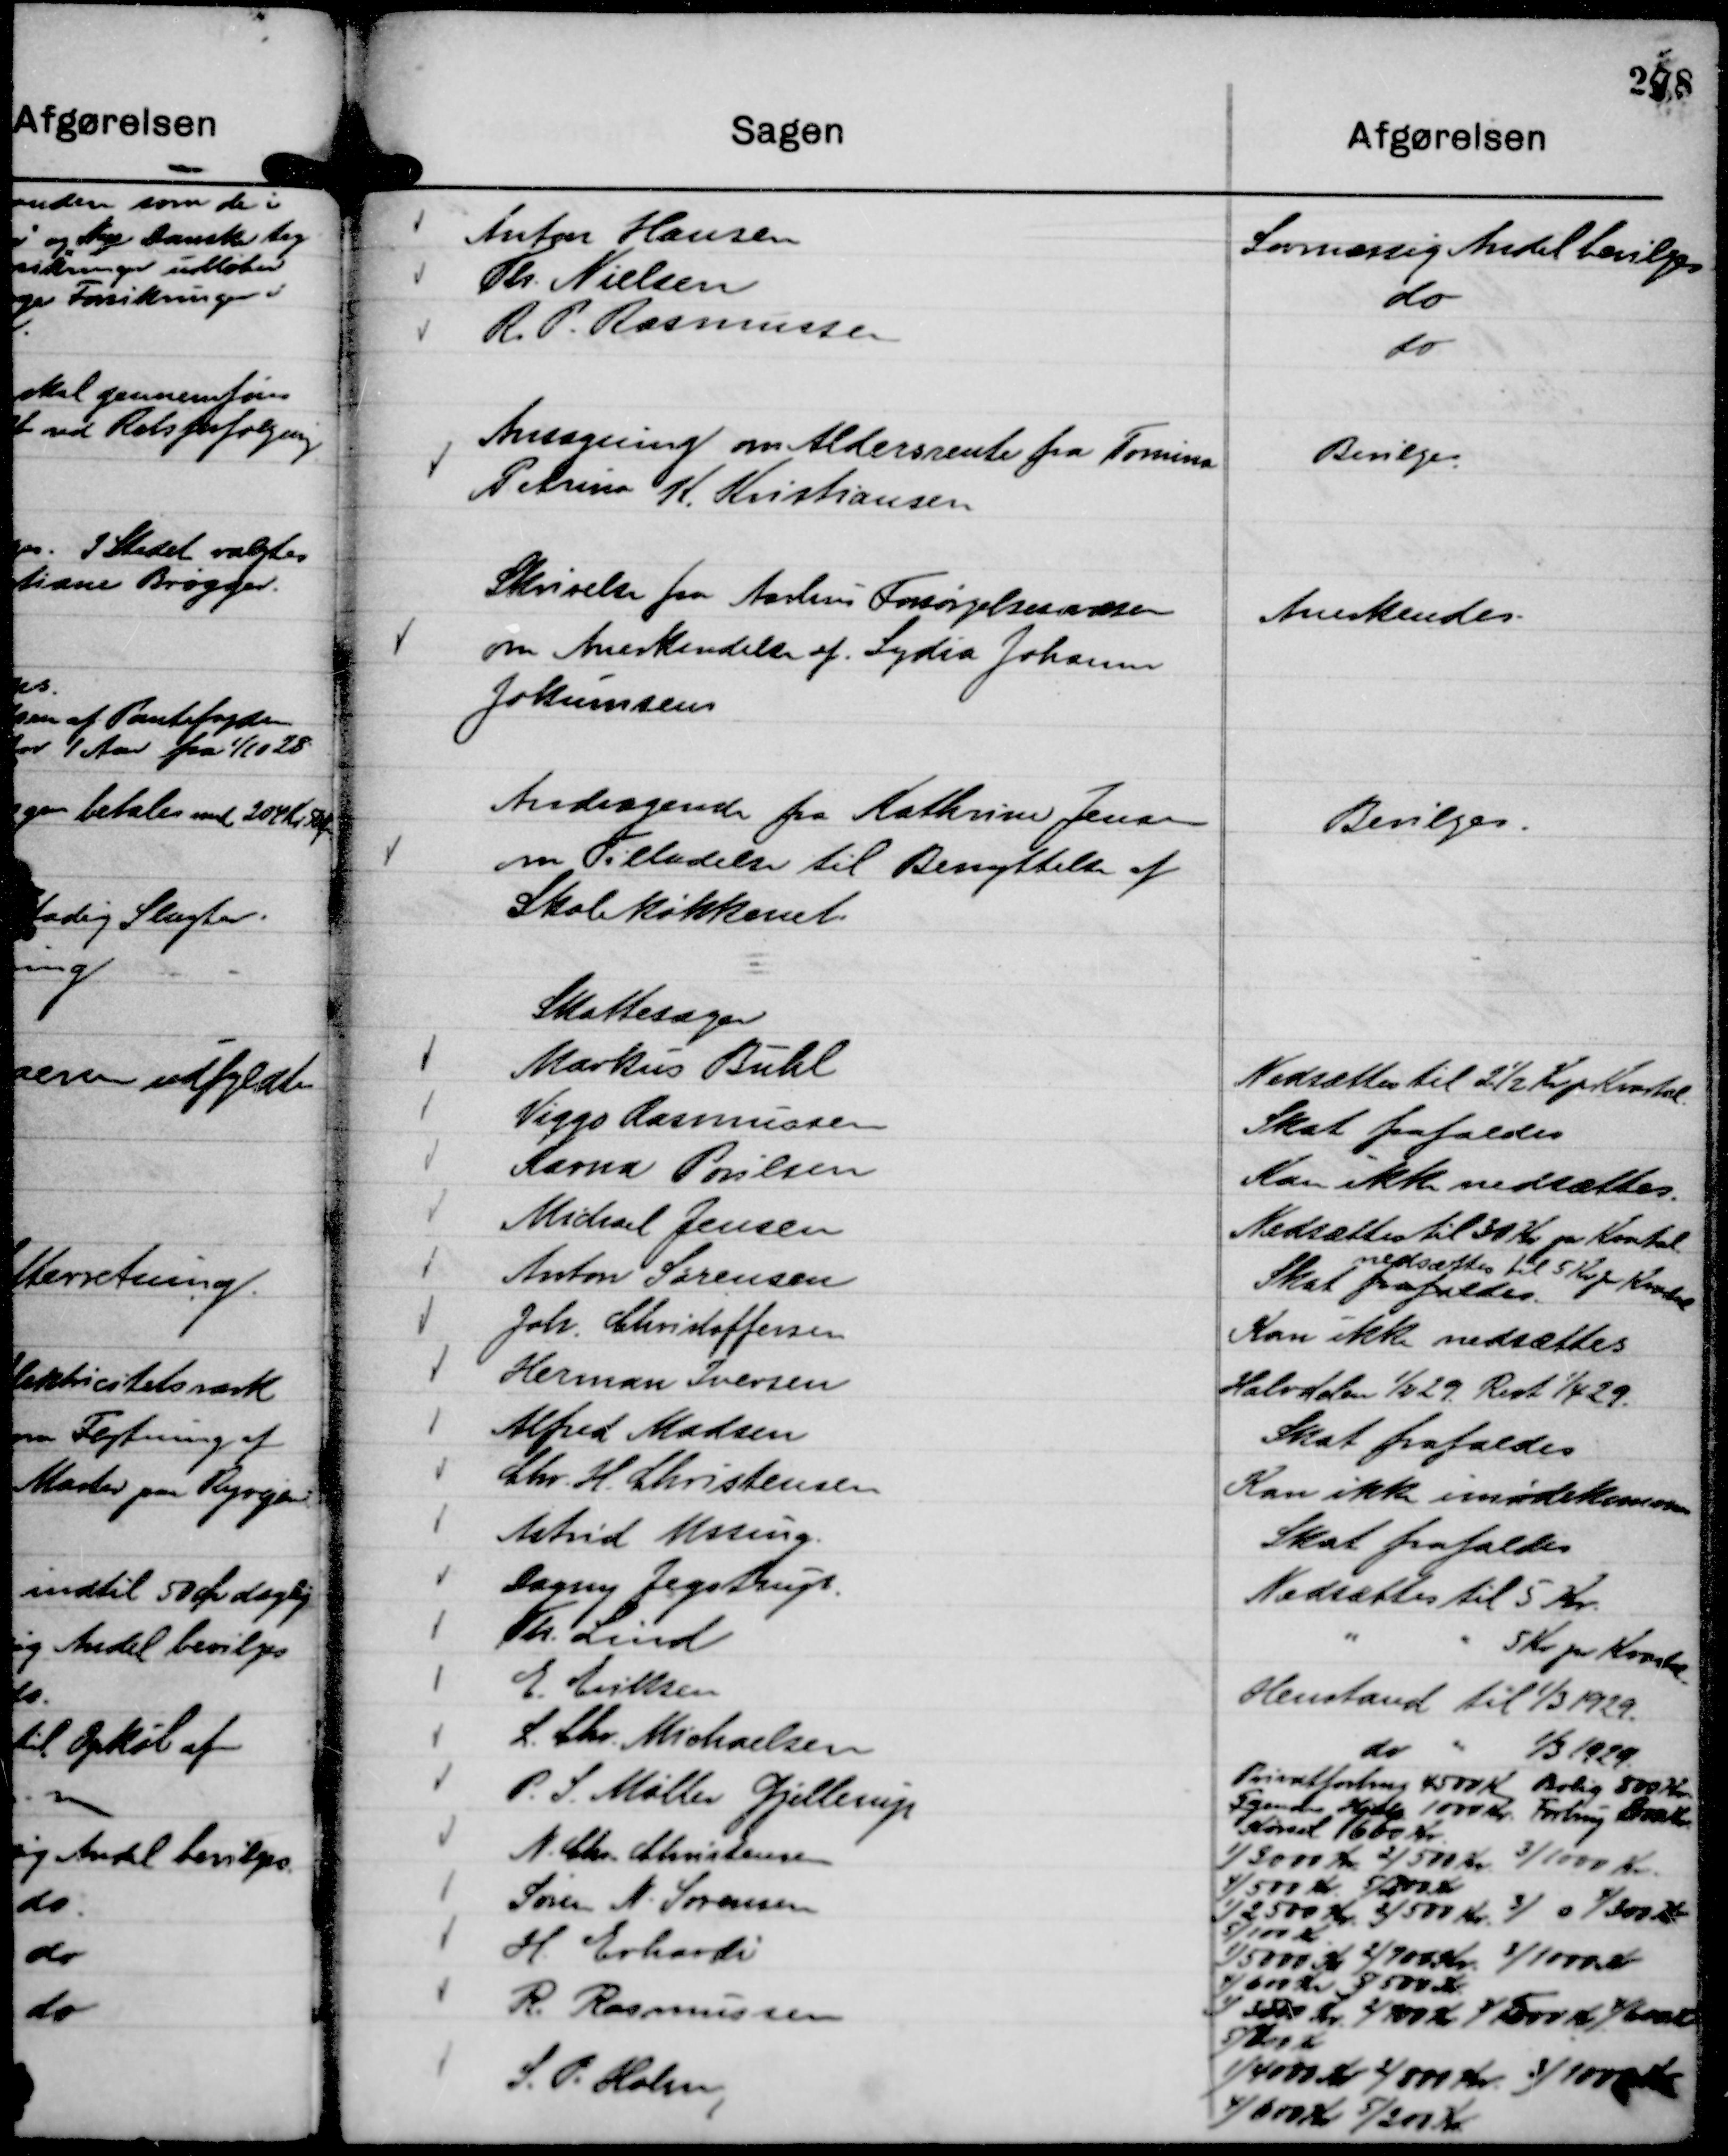
Transskription:
Anton Hansen
Lovmæssig Andel bevilges

Th. Nielsen
do

R P. Rasmussen
do

Ansøgning om Aldersrente fra Tomina
Petrina K. Kristiansen

Bevilges.

Skrivelse fra Aarhus Forsørgelsesvæsen
om Anerkendelse af . Lydia Johanne
Jokumsen

Anerkendes.

Andragende fra Kathrine Jensen
om Tilladelse til Benyttelse af
Skolekøkkenet.

Bevilges.

Skattesager

Markus Buhl
Nedsættes til 2½ Kr pr Kvartal.

Viggo Rasmussen
Skat frafaldes

Karna Poulsen
Kan ikke nedsættes.

Michael Jensen
Nedsættes til 30 Kr pr Kvartal.

Anton Sørensen
Skat frafaldes.
nedsættes til 5 Kr pr Kvartal

Joh. Christoffersen
Kan ikke nedsættes

Herman Iversen
Halvdelen

1/2 29. Rest

1/4 29.

Alfred Madsen
Skat frafaldes

Chr H. Christensen
Kan ikke imødekommes

Astrid Ussing.
Skat frafaldes

Dagny Jegstrup.
Nedsættes til 5 Kr.

Th. Lind
"
" 5 Kr pr Kvartal.

E. Eriksen
Henstand til

1/3 1929.

L. Chr. Michaelsen
do " 1/3 1929.

P. S. Møller Gjellerup
Privatforbrug 4500 Kr Bolig 800 Kr.
Tyende Hjælp 1000 Kr. Forbrug 800 Kr.
Kørsel 1600 Kr.

N. Chr. Christensen
1) 3000 Kr. 2) 500 Kr. 3) 1000 Kr.
4) 500 Kr. 5) 200 Kr

Søren N. Sørensen
1) 2500 Kr. 2) 500 Kr. 3) 0 4) 300 Kr
5) 100 Kr.

H. Erhardi
1) 5000 Kr 2) 900 Kr. 3) 1000 Kr
4) 600 Kr 5) 500 Kr.

R. Rasmussen
1) 3500 Kr. 2) 400 Kr 3) 500 Kr. 4) 600 Kr
5) 200 Kr

S. P. Holm,
1) 4000 Kr 2) 800 Kr. 3) 1000 Kr
4) 600 Kr 5) 200 Kr.